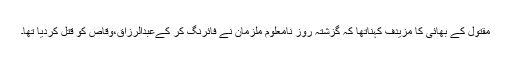
مقتول کے بھائی کا مزیدف کہناتھا کہ گزشتہ روز نامعلوم ملزمان نے فائرنگ کر کےعبدالرزاق،وقاص کو قتل کردیا تھا۔